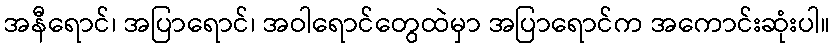
အနီရောင်၊ အပြာရောင်၊ အဝါရောင်တွေထဲမှာ အပြာရောင်က အကောင်းဆုံးပါ။